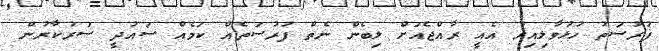
ފުރުސަތު ހުޅުވާލިއިރު އެއީ ރާއްޖެއަށް ލިބެން ނެތް ފުރުސަތެއް ކަމެއް ސައުދީ ސަރުކާރުން